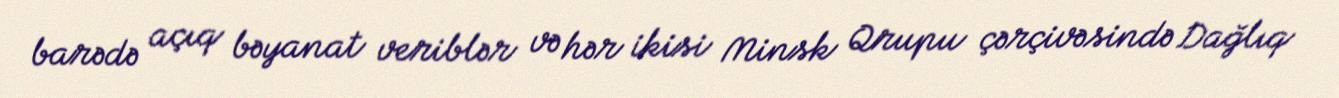
barədə açıq bəyanat veriblər və hər ikisi Minsk Qrupu çərçivəsində Dağlıq